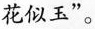
花似玉’‘。